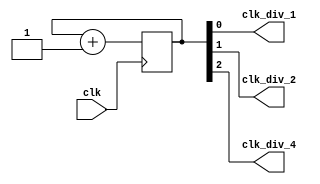
module ripple_counter_clock_divider(
    input wire clk,
    output wire clk_div_1,
    output wire clk_div_2,
    output wire clk_div_4
);

reg [2:0] count;

always @(posedge clk) begin
    count <= count + 1;
end

assign clk_div_1 = count[0];
assign clk_div_2 = count[1];
assign clk_div_4 = count[2];

endmodule